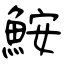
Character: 鮟